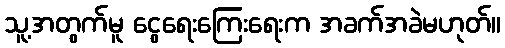
သူ့အတွက်မူ ငွေရေးကြေးရေးက အခက်အခဲမဟုတ်။